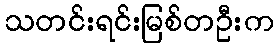
သတင်းရင်းမြစ်တဦးက